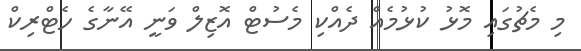
މި މެޗުގައި މޮޅު ކުޅުމެއް ދެއްކި މެސުޓް އޮޒިލް ވަނީ އޭނާގެ ހެޓްރިކް